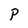
Character: P